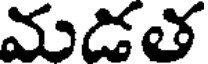
మడత